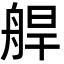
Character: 𦩅